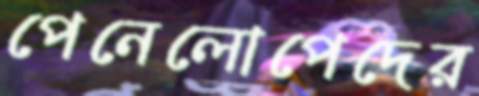
পেনেলোপেদের